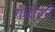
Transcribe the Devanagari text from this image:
गॅबोरने